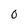
Character: 0